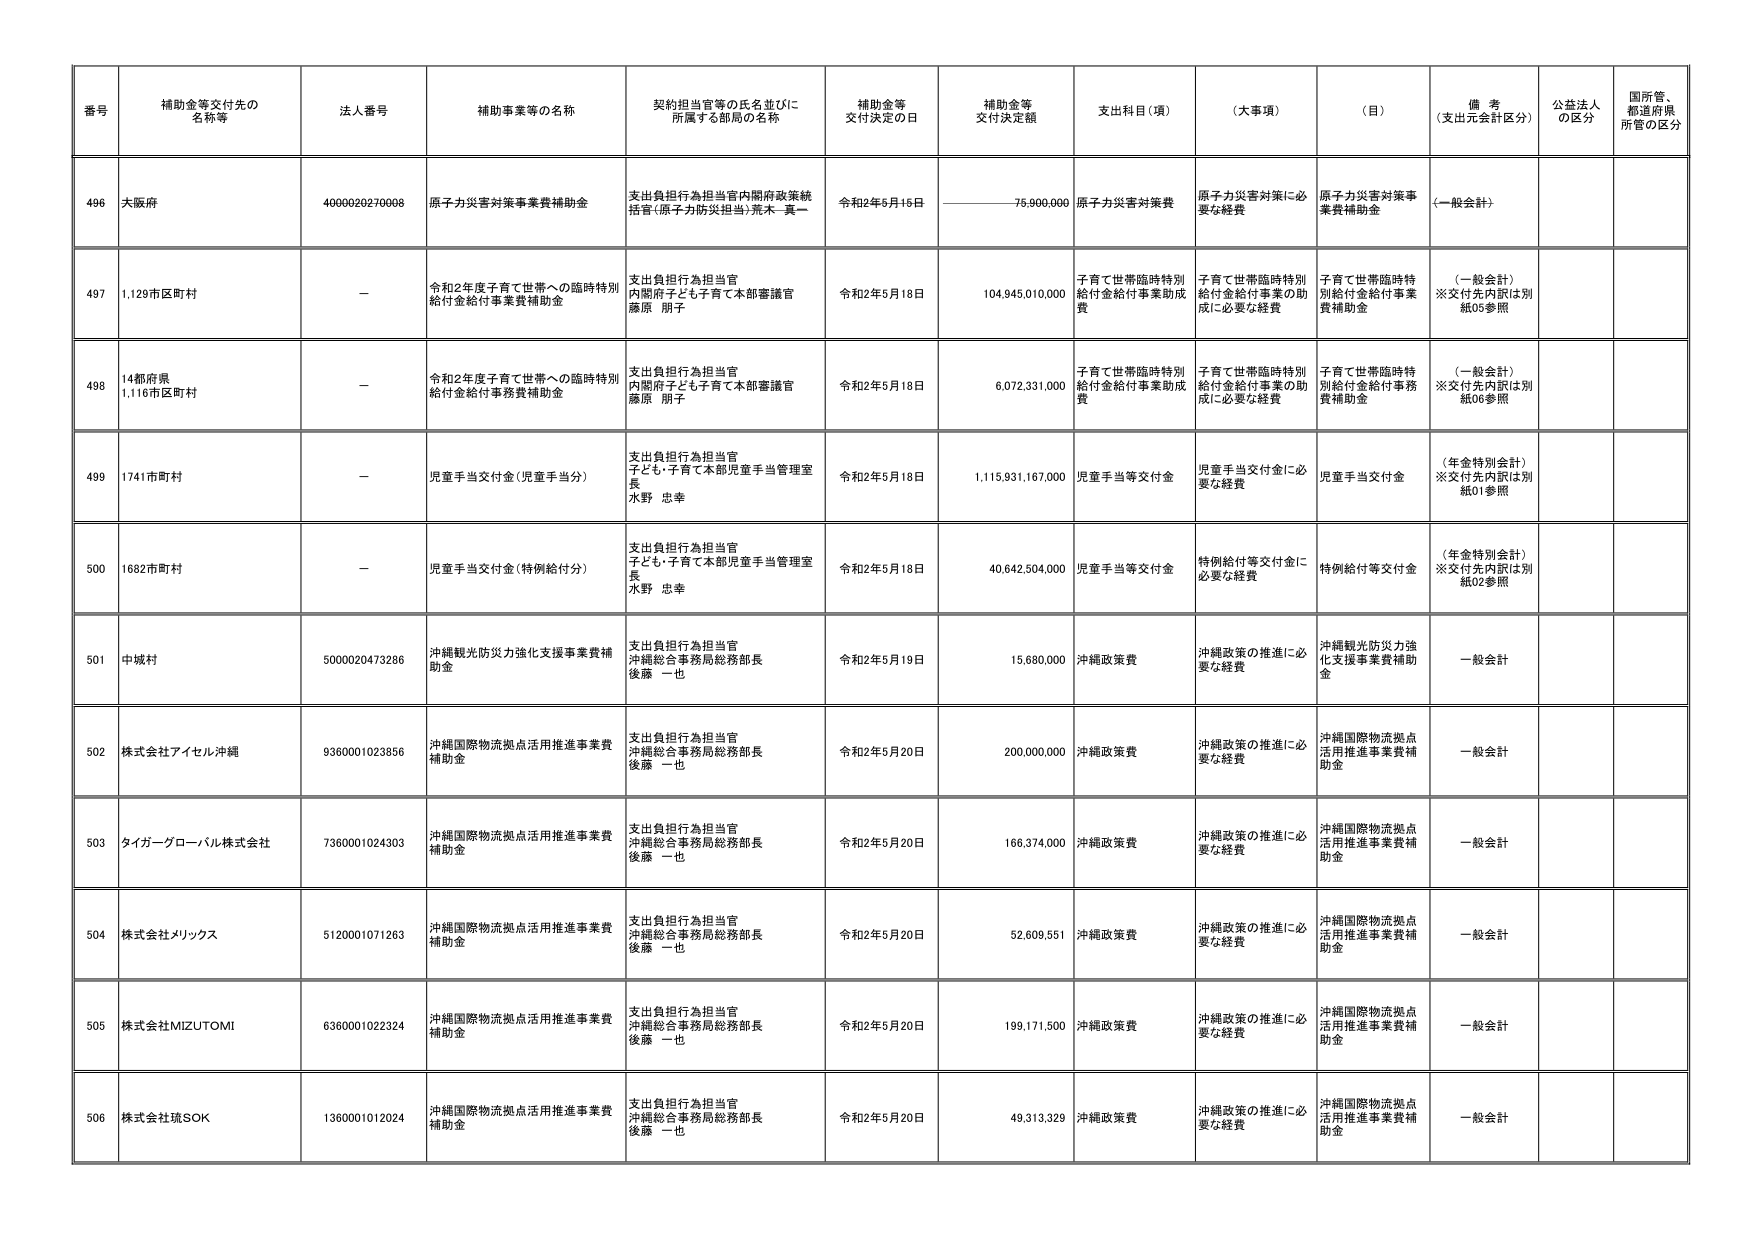
番号 補助金等交付先の名称等 法人番号 補助事業等の名称 契約担当官等の氏名並びに所属する部局の名称 補助金等交付決定の日 補助金等交付決定額 支出科目（項） （大事項） （目） 備考（支出元会計区分） 公益法人の区分 国所管、都道府県所管の区分
496 大阪府 4000020270008 原子力災害対策事業費補助金 支出負担行為担当官内閣府政策統括官（原子力防災担当）荒木 真一 令和2年6月16日 76,900,000 原子力災害対策費 原子力災害対策に必要な経費 原子力災害対策事業費補助金 （一般会計）
497 1,129市区町村 － 令和2年度子育て世帯への臨時特別給付金給付事業費補助金 支出負担行為担当官内閣府子ども子育て本部審議官藤原 朋子 令和2年5月18日 104,945,010,000 子育て世帯臨時特別給付金給付事業助成費 子育て世帯臨時特別給付金給付事業の助成に必要な経費 子育て世帯臨時特別給付金給付事業費補助金 （一般会計）※交付先内訳は別紙05参照
498 14都府県1,116市区町村 － 令和2年度子育て世帯への臨時特別給付金給付事業費補助金 支出負担行為担当官内閣府子ども子育て本部審議官藤原 朋子 令和2年5月18日 6,072,331,000 子育て世帯臨時特別給付金給付事業助成費 子育て世帯臨時特別給付金給付事業の助成に必要な経費 子育て世帯臨時特別給付金給付事務費補助金 （一般会計）※交付先内訳は別紙06参照
499 1741市町村 － 児童手当交付金（児童手当分） 支出負担行為担当官子ども・子育て本部児童手当管理室長水野 忠幸 令和2年5月18日 1,115,931,167,000 児童手当等交付金 児童手当交付金に必要な経費 児童手当交付金 （年金特別会計）※交付先内訳は別紙01参照
500 1682市町村 － 児童手当交付金（特例給付分） 支出負担行為担当官子ども・子育て本部児童手当管理室長水野 忠幸 令和2年5月18日 40,642,504,000 児童手当等交付金 特例給付等交付金に必要な経費 特例給付等交付金 （年金特別会計）※交付先内訳は別紙02参照
501 中城村 5000020473286 沖縄観光防災力強化支援事業費補助金 支出負担行為担当官沖縄総合事務局総務部長後藤 一也 令和2年5月19日 15,680,000 沖縄政策費 沖縄政策の推進に必要な経費 沖縄観光防災力強化支援事業費補助金 一般会計
502 株式会社アイセル沖縄 9360001023856 沖縄国際物流拠点活用推進事業費補助金 支出負担行為担当官沖縄総合事務局総務部長後藤 一也 令和2年5月20日 200,000,000 沖縄政策費 沖縄政策の推進に必要な経費 沖縄国際物流拠点活用推進事業費補助金 一般会計
503 タイガーグローバル株式会社 7360001024303 沖縄国際物流拠点活用推進事業費補助金 支出負担行為担当官沖縄総合事務局総務部長後藤 一也 令和2年5月20日 166,374,000 沖縄政策費 沖縄政策の推進に必要な経費 沖縄国際物流拠点活用推進事業費補助金 一般会計
504 株式会社メリックス 5120001071263 沖縄国際物流拠点活用推進事業費補助金 支出負担行為担当官沖縄総合事務局総務部長後藤 一也 令和2年5月20日 52,609,551 沖縄政策費 沖縄政策の推進に必要な経費 沖縄国際物流拠点活用推進事業費補助金 一般会計
505 株式会社MIZUTOMI 6360001022324 沖縄国際物流拠点活用推進事業費補助金 支出負担行為担当官沖縄総合事務局総務部長後藤 一也 令和2年5月20日 199,171,500 沖縄政策費 沖縄政策の推進に必要な経費 沖縄国際物流拠点活用推進事業費補助金 一般会計
506 株式会社琉SOK 1360001012024 沖縄国際物流拠点活用推進事業費補助金 支出負担行為担当官沖縄総合事務局総務部長後藤 一也 令和2年5月20日 49,313,329 沖縄政策費 沖縄政策の推進に必要な経費 沖縄国際物流拠点活用推進事業費補助金 一般会計